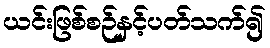
ယင်းဖြစ်စဉ်နှင့်ပတ်သက်၍